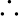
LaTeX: \therefore